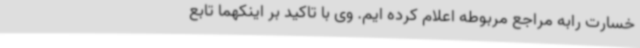
خسارت رابه مراجع مربوطه اعلام کرده ایم. وی با تاکید بر اینکهما تابع